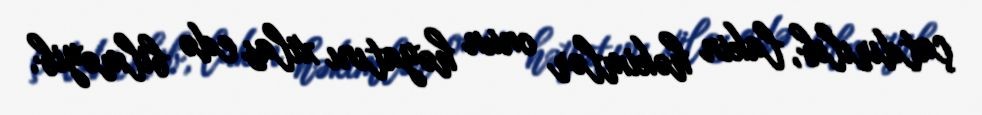
çatdırılıb, lakin həkimlər onun həyatını xilas edə bilməyib.